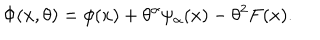
\Phi ( x , \theta ) = \phi ( x ) + \theta ^ { \alpha } \psi _ { \alpha } ( x ) - \theta ^ { 2 } F ( x ) .